Report of the Imperial Institute of Veterinary Research, Muktesar
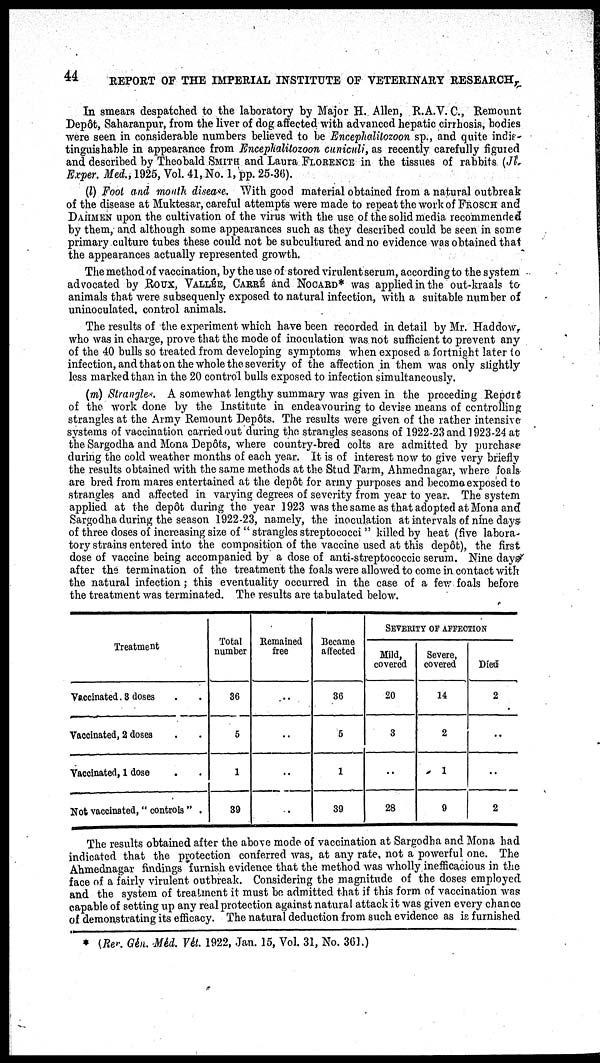
44
REPORT OF THE IMPERIAL INSTITUTE OF VETERINARY RESEARCH,
In smears despatched to the laboratory by Major H. Allen, R.A.V. C., Remount
Depôt, Saharanpur, from the liver of dog affected with advanced hepatic cirrhosis, bodies
were seen in considerable numbers believed to be Encephalitozoon sp., and quite indis¬
tinguishable in appearance from Encephalitozoon cuniculi, as recently carefully figured
and described by Theobald SMITH and Laura FLORENCE in the tissues of rabbits (Jl
Exper. Med., 1925, Vol. 41, No. 1, pp. 25-36).
(l) Foot and mouth disease. With good material obtained from a natural outbreak
of the disease at Muktesar, careful attempts were made to repeat the work of FROSCH and
DAHMEN upon the cultivation of the virus with the use of the solid media recommended
by them, and although some appearances such as they described could be seen in some
primary culture tubes these could not be subcultured and no evidence was obtained that
the appearances actually represented growth.
The method of vaccination, by the use of stored virulent serum, according to the system
advocated by ROUX, VALLÉE, CARRÉ and NOCARD* was applied in the out-kraals to
animals that were subsequenly exposed to natural infection, with a suitable number of
uninoculated, control animals.
The results of the experiment which have been recorded in detail by Mr. Haddow,
who was in charge, prove that the mode of inoculation was not sufficient to prevent any
of the 40 bulls so treated from developing symptoms when exposed a fortnight later to
infection, and that on the whole the severity of the affection in them was only slightly
less marked than in the 20 control bulls exposed to infection simultaneously.
(m) Strangles. A somewhat lengthy summary was given in the preceding Report
of the work done by the Institute in endeavouring to devise means of controlling
strangles at the Army Remount Depôts. The results were given of the rather intensive
systems of vaccination carried out during the strangles seasons of 1922-23 and 1923-24 at
the Sargodha and Mona Depôts, where country-bred colts are admitted by purchase
during the cold weather months of each year. It is of interest now to give very briefly
the results obtained with the same methods at the Stud Farm, Ahmednagar, where foals
are bred from mares entertained at the depôt for army purposes and become exposed to
strangles and affected in varying degrees of severity from year to year. The system
applied at the depôt during the year 1923 was the same as that adopted at Mona and
Sargodha during the season 1922-23, namely, the inoculation at intervals of nine days:
of three doses of increasing size of " strangles streptococci " killed by heat (five labora-
tory strains entered into the composition of the vaccine used at this depôt), the first
dose of vaccine being accompanied by a dose of anti-streptococcic serum. Nine days
after the termination of the treatment the foals were allowed to come in contact with
the natural infection; this eventuality occurred in the case of a few foals before
the treatment was terminated. The results are tabulated below.
Treatment
Vaccinated. 3 doses
Vaccinated, 2 doses
Vaccinated, 1 dose
Not vaccinated," controls " .
Total
number
36
5
1
39
Remained
free
..
..
..
..
Became
affected
36
5
1
39
SEVERITY OF AFFECTION
Mild,
covered
20
3
..
28
Severe,
covered
14
2
1
9
Died
2
..
..
2
The results obtained after the above mode of vaccination at Sargodha and Mona had
indicated that the protection conferred was, at any rate, not a powerful one. The
Ahmednagar findings furnish evidence that the method was wholly inefficacious in the
face of a fairly virulent outbreak. Considering the magnitude of the doses employed
and the system of treatment it must be admitted that if this form of vaccination was
capable of setting up any real protection against natural attack it was given every chance
of demonstrating its efficacy. The natural deduction from such evidence as is furnished
* (Ref. Gén. Méd. Vét. 1922, Jan. 15, Vol. 31, No. 361.)